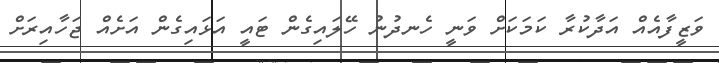
ވަޒީފާއެއް އަދާކުރާ ކަމަކަށް ވަނީ ހެނދުނު ހޭލައިގެން ޓައީ އަޅައިގެން އަށެއް ޖަހާއިރަށް